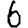
Digit: 6